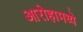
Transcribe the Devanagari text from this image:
आरोहामध्ये